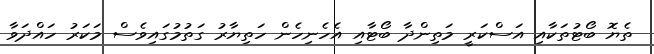
ތެޔޮ ބޯޓުތަކާއި އަސްކަރީ މަތިންދާ ބޯޓާއި އެހެނިހެން ހަތިޔާރު ގަތުމުގައިވެސް މަކަރު ހައްދަވާ